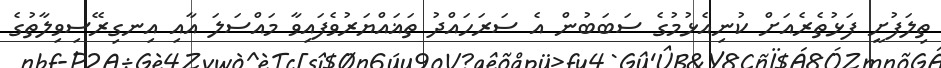
ތިލަފުށީ ފަޅުތެރެއަށް ކުނިއެޅުމުގެ ސަބަބުން އެ ސަރަހައްދު ތަޣައްޔަރުވެފައިވާ މައްސަލަ އާއި އިނގިރޭސިވިލާތުގެ